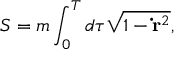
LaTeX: S = m \int _ { 0 } ^ { T } d \tau \sqrt { 1 - \mathbf { \dot { r } } ^ { 2 } } ,